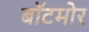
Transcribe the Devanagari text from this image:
बॉटमोर